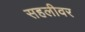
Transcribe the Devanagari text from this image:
सहलीवर